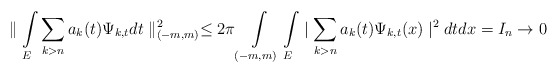
\begin{align*}\parallel\int\limits_{E}\sum_{k>n}a_{k}(t)\Psi_{k,t}dt\parallel_{(-m,m)}^{2}\leq2\pi\int\limits_{(-m,m)}\int\limits_{E}\mid\sum_{k>n}a_{k}(t)\Psi_{k,t}(x)\mid^{2}dtdx=I_{n}\rightarrow0\end{align*}